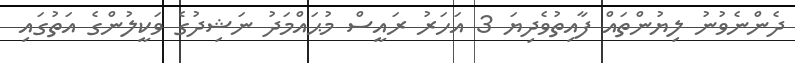
ދެންނެވުނު ލިޔުންތައް ފާއިތުވެދިޔަ 3 އަހަރު ރައީސް މުޙައްމަދު ނަޝިދުގެ ވަކީލުންގެ އަތުގައި